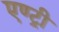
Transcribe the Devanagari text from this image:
एण्ट्री